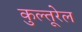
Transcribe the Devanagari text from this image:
कुल्तूरेल